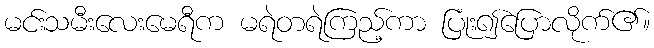
မင်းသမီးလေးမေရီက မရဲတရဲကြည့်ကာ ပြုံး၍ပြောလိုက်၏။